Insane asylums in Bengal annual reports 1867-1875 - 1867-1875
Year: 1867
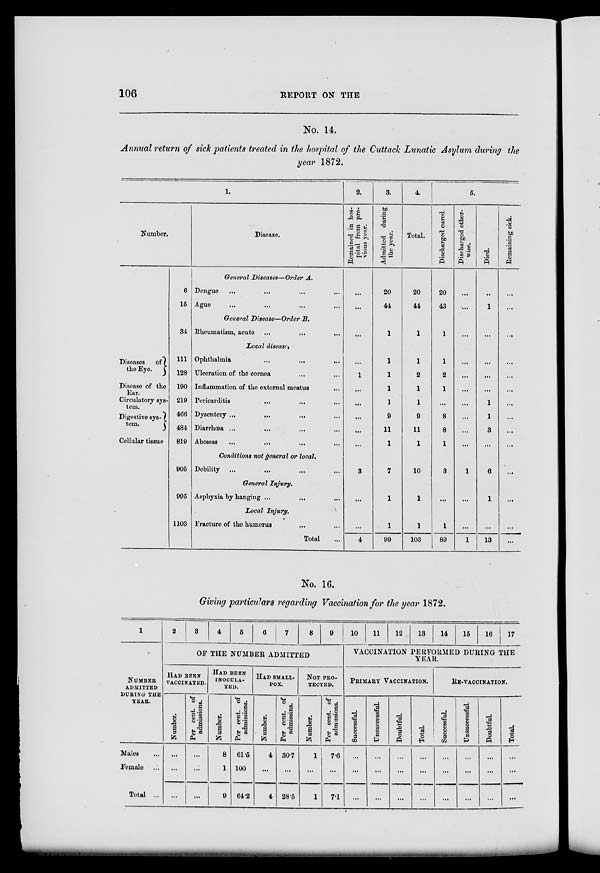
106
REPORT ON THE
No. 14.
Annual return of sick patients treated in the hospital of the Cuttack Lunatic Asylum during the
year 1872.
1.
Number.
Diseases
of
the Eye.
Disease of the
Ear.
Circulatory sys-
tem.
Digestive sys-
tem.
Cellular tissue
6
15
34
111
128
190
219
466
484
819
905
995
1103
Disease.
General Diseases—Order A.
Dengue ... ... ... ...
Ague ... ... ...
General Disease—Order B.
Rheumatism, acute ...
...
...
Local disease.
Ophthalmia
...
...
...
Ulceration of the cornea ... ...
Inflammation of the external meatus ...
Pericarditis
...
... ...
Dysentery ... ... ... ...
Diarrhœa ... ... ... ...
Abcsess ... ... ... ...
Conditions not general or local.
Debility ...
...
...
...
General Injury.
Asphyxia by hanging ...
...
...
Local Injury.
Fracture of the humerus
...
...
Total ...
2.
Remained in hos-
pital from pre-
vious year.
...
...
...
...
1
...
...
...
...
...
3
...
...
4
3.
Admitted during
the year.
20
44
1
1
1
1
1
9
11
1
7
1
1
99
4.
Total.
20
44
1
1
2
1
1
9
11
1
10
1
1
103
5.
Discharged cured.
20
43
1
1
2
1
...
8
8
1
3
...
1
89
Discharged other-
wise.
...
...
...
...
...
...
...
...
...
...
1
...
...
1
Died.
...
1
...
...
...
...
1
1
3
...
6
1
...
13
Remaining sick.
...
...
...
...
...
...
...
...
...
...
...
...
...
...
No. 16.
Giving particulars regarding Vaccination for the year 1872.
1
NUMBER
ADMITTED
DURING THE
YEAR.
Males ...
Female ...
Total ...
2
3
4
5
6
7
8
9
OF THE NUMBER ADMITTED
HAD BEEN
VACCINATED.
Number.
...
...
...
Per cent. of
admissions.
...
...
...
HAD BEEN
INOCULA-
TED.
Number.
8
1
9
Per cent. of
admissions.
61.5
100
64.2
HAD SMALL-
---.
Number.
4
...
4
Per cent. of
admissins.
30.7
...
28.5
NOT PRO-
TECTED.
Number.
1
...
1
Per cent. of
admissions.
7.6
...
7.1
10
11
12
13
14
15
16
17
VACCINATION PERFORMED DURING THE
YEAR.
PRIMARY VACCINATION.
Successful.
...
...
...
Unsuccessful.
...
...
...
Doubtful.
...
...
...
Total.
...
...
...
RE-VACCINATION.
Successful.
...
...
...
Unsuccessful.
...
...
...
Doubtful.
...
...
...
Total.
...
...
...